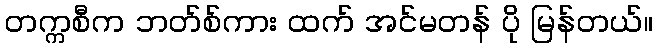
တက္ကစီက ဘတ်စ်ကား ထက် အင်မတန် ပို မြန်တယ်။